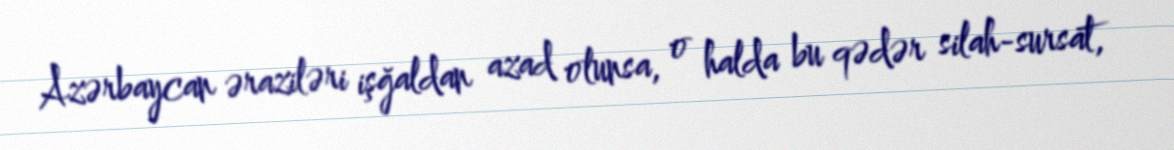
Azərbaycan əraziləri işğaldan azad olunsa, o halda bu qədər silah-sursat,